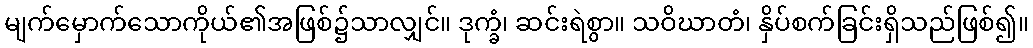
မျက်မှောက်သောကိုယ်၏အဖြစ်၌သာလျှင်။ ဒုက္ခံ၊ ဆင်းရဲစွာ။ သဝိဃာတံ၊ နှိပ်စက်ခြင်းရှိသည်ဖြစ်၍။